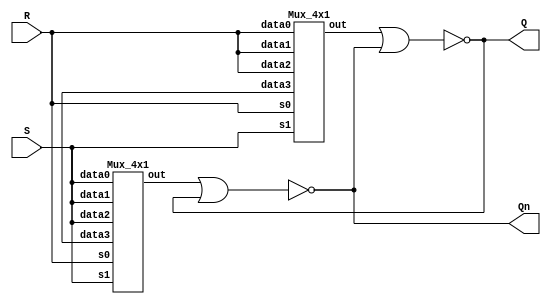
module SR_Latch(S,R,Q,Qn);
	input S,R;
	output Q,Qn;
	wire Snew,Rnew;
	
	nor g1(Q,Rnew,Qn);
	nor g2(Qn,Snew,Q);
	
	Mux_4x1 g3(S,S,S,1'bx,S,R,Snew);
	Mux_4x1 g4(R,R,R,1'bx,S,R,Rnew);
	
endmodule

///////////////2x1 MULTIPLEXER///////////////////
module Mux_2x1(data0,data1,select,out);

	//INPUT OUTPUT DECLARATIONS
	input data0,data1,select;
	output out;
	
	wire notsel,w0,w1;
	
	//NOT GATE
	notg N1(notsel,select);
	
	//AND GATES
	andg A0(w0,notsel,data0);
	andg A1(w1,select,data1);
	
	//FINAL OUTPUT
	org O(out,w0,w1);
	
endmodule

//////////////4X1 MULTIPLEXER//////////////////////
module Mux_4x1(data0,data1,data2,data3,s1,s0,out);

	//INPUT OUTPUT DECLARATIONS
	input data0,data1,data2,data3,s1,s0;
	output out;
	
	wire w0,w1;
	
	//using 2x1 muxes
	Mux_2x1 M0(data0,data1,s0,w0);
	Mux_2x1 M1(data2,data3,s0,w1);
	Mux_2x1 M3(w0,w1,s1,out);

endmodule

/////////////////////GATES//////////////////////////

////////////OR//////////////
module org(output ans, input a,b);
	wire notans;
	nor g110(notans,a,b);
	nor g111(ans,notans,notans);
endmodule

///////////AND/////////////
module andg(output ans,input a,b);
	wire nota,notb;
	nor ga0(nota,a,a);
	nor ga1(notb,b,b);
	nor ga2(ans,nota,notb);
endmodule

///////////NOT//////////
module notg(output ans,input a);
	nor fgf1(ans,a,a);
endmodule